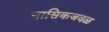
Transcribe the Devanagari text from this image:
नासिकजवळ